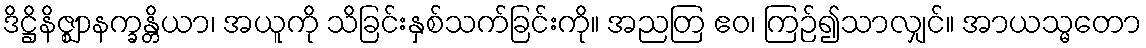
ဒိဋ္ဌိနိဇ္ဈာနက္ခန္တိယာ၊ အယူကို သိခြင်းနှစ်သက်ခြင်းကို။ အညတြ ဧဝ၊ ကြဉ်၍သာလျှင်။ အာယသ္မတော